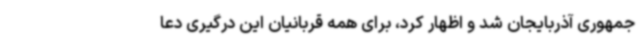
جمهوری آذربایجان شد و اظهار کرد، برای همه قربانیان این درگیری دعا